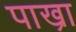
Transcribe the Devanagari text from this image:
पाख्रा